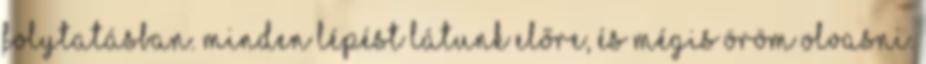
folytatásban. Minden lépést látunk előre, és mégis öröm olvasni.